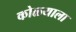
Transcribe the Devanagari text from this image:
कोळ्याला